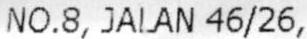
NO.8, JALAN 46/26,